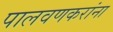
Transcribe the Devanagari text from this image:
पालवणकरांना